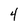
Character: 4